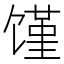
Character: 馑